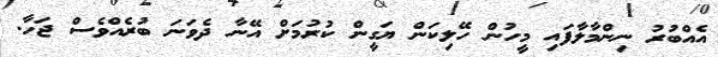
އެއްބުރު ނިންމާލާފައި މީހުން ހޭލިކަން ޔަގީން ކުރުމަށް އޭނާ ދެވަނަ ބުރެއްވެސް ޖަހާ.